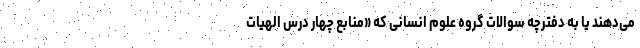
می‌دهند یا به دفترچه سوالات گروه علوم انسانی که «منابع چهار درس الهیات